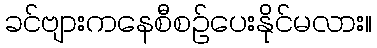
ခင်ဗျားကနေစီစဉ်ပေးနိုင်မလား။